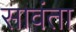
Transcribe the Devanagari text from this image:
सावंता